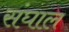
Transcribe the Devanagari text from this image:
संघाल